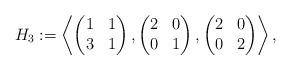
LaTeX: \begin{align*}H_3:=\left\langle\begin{pmatrix}1&1\\3&1\end{pmatrix},\begin{pmatrix}2&0\\0&1\end{pmatrix},\begin{pmatrix}2&0\\0&2\end{pmatrix}\right\rangle,\end{align*}